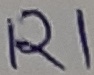
Text: R1